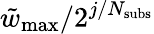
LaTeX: \tilde{w}_{\mathrm{max}}/2^{j/N_{\mathrm{subs}}}